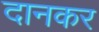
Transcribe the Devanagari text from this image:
दानकर